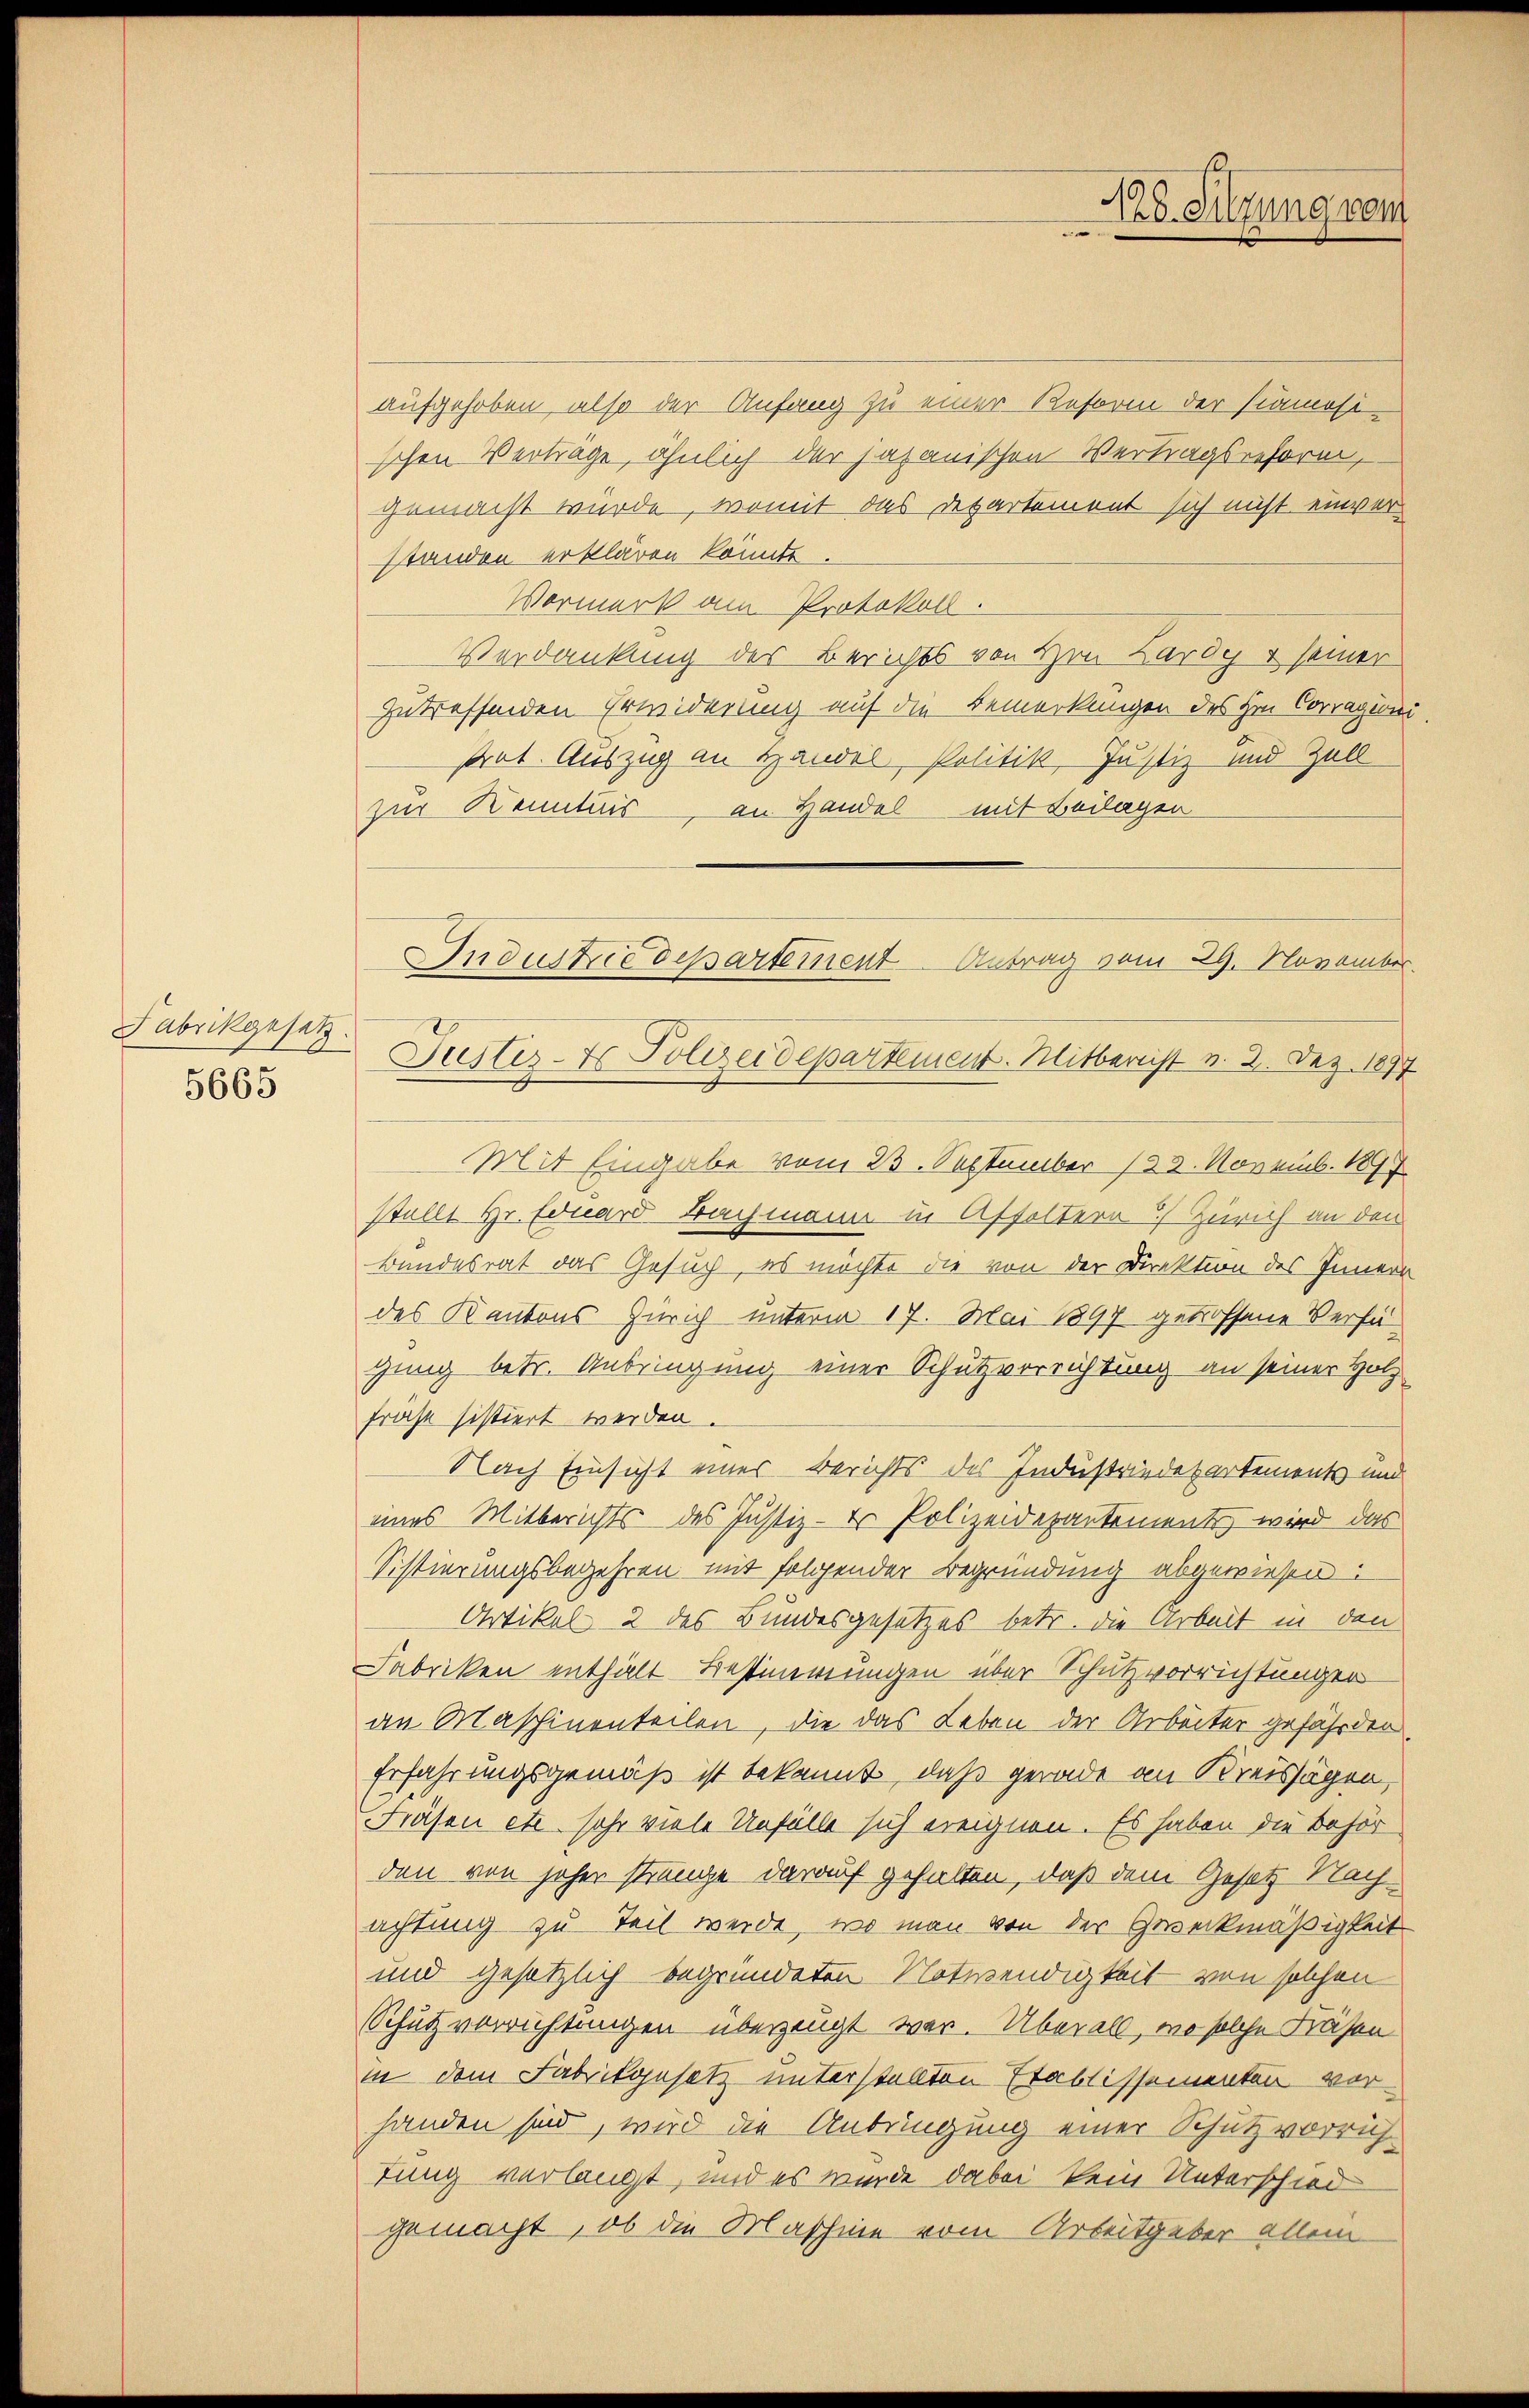
Fabrikgesetz
5665

aufgehoben, also der Anfang zu einer Reform der Pamosi-
schen Verträge, ähnlich der japanischen Vertragsreform,
gemacht wurde, womit das Departement sich nicht einverstanden erklären könnte.
Vormerk am Protokoll.
Verdankung des Berichts von Hrn. Lardy + seiner
zutreffenden Erwiderung auf die Bemerkungen des Hrn. Corragioni
strat. Auszug an Handel, Politik, Justiz und Zell
zur Kenntnis an Handel mit Beilagen
Mit Eingabe vom 23. September 183. Novemb. 1897
stellt Hr. Eduard Bachmann in Affoltern Zürich an den
Bundesrat das Gesuch, es möchte die von der Direktion des Innern
des Kantons Zürich unterm 17. Mai 1897 getroffene Verfü-
gung betr. Anbringung einer Schutzverrichtung an seiner Holzfrahe sistiert werden.
Nach Einsicht eines Berichts des Industriedepartements und
eines Mitberichts des Justiz - er Polizeidepartements, wird das
Sistierungsbegehren mit folgender Begründung abgewiesen.
Artikel 2 des Bundesgesetzes betr. die Arbeit in den
Fabriken enthält Bestinerungen über Schutzvorrichtungen
an Maschinenteilen, die das Leben der Arbeiter gefährden
Erfahrungsgemäß ist bekannt, daß gerade an Kreissagen,
Fräsen etc. sehr viele Unfülle sich ereignen. Es haben die Behör
den von jeher strenge darauf gehalten, daß dem Gesetz Nachachtung zu Teil werde, wo man von der Geweckmäßigkeit
und gesetzlich begründeten Notwendigkeit von solchen
Schutzvorrichtungen überzeugt war. Überall, wo solche Käsen
in dem Fabrikgesetz unterstellten Etablissementen vorhanden sind, wird die Anbringung einer Schutzvorrich-
tung verlangt, und es wurde dabei kein Unterschied
gemacht, ob die Maschine vom Arbeitgeber allein

Industrie departement Antrag vom 29. November.
Pustes- & Polizeidepartement. Mitberist v. 2. Dez. 1897

Sitzung vom